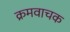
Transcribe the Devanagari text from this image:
क्रमवाचक